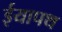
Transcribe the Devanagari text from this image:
ईयापथ